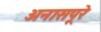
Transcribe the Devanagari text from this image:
अनासपूरे